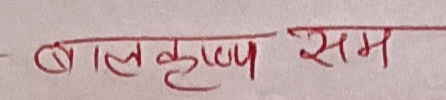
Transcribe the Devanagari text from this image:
बालकृष्ण सम